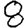
Digit: 8